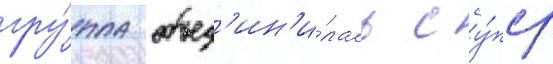
гру́ппа объед'ин'и́лась с у́пср